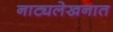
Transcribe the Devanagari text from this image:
नाट्यलेखनात